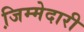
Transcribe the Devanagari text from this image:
जि़म्मेदारी